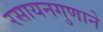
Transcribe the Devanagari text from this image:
रसायनगुणाने